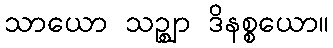
သာယော သဉ္ဈာ ဒိနစ္စယော။